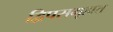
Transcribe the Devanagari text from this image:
द्विपसमूहात